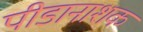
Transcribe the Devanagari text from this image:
पीडानाशक